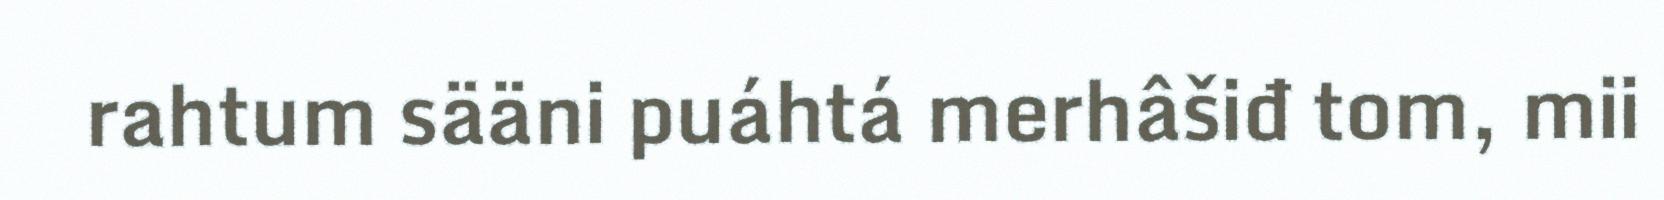
rahtum sääni puáhtá merhâšiđ tom, mii